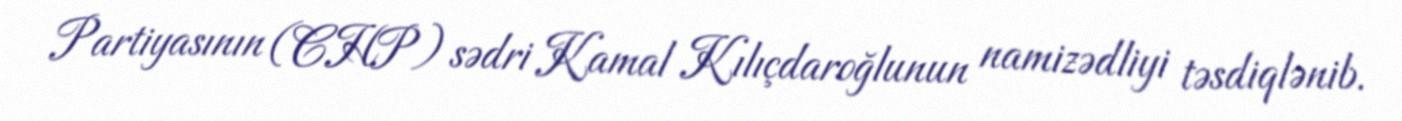
Partiyasının (CHP) sədri Kamal Kılıçdaroğlunun namizədliyi təsdiqlənib.